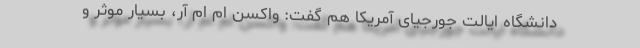
دانشگاه ایالت جورجیای آمریکا هم گفت: واکسن ام ام آر، بسیار موثر و